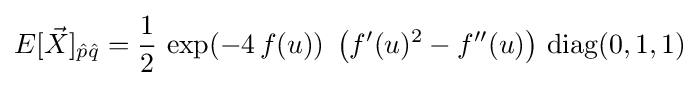
E[{\vec {X}}]_{{\hat {p}}{\hat {q}}}={\frac {1}{2}}\,\exp(-4\,f(u))\;\left(f'(u)^{2}-f''(u)\right)\,{\rm {diag}}(0,1,1)